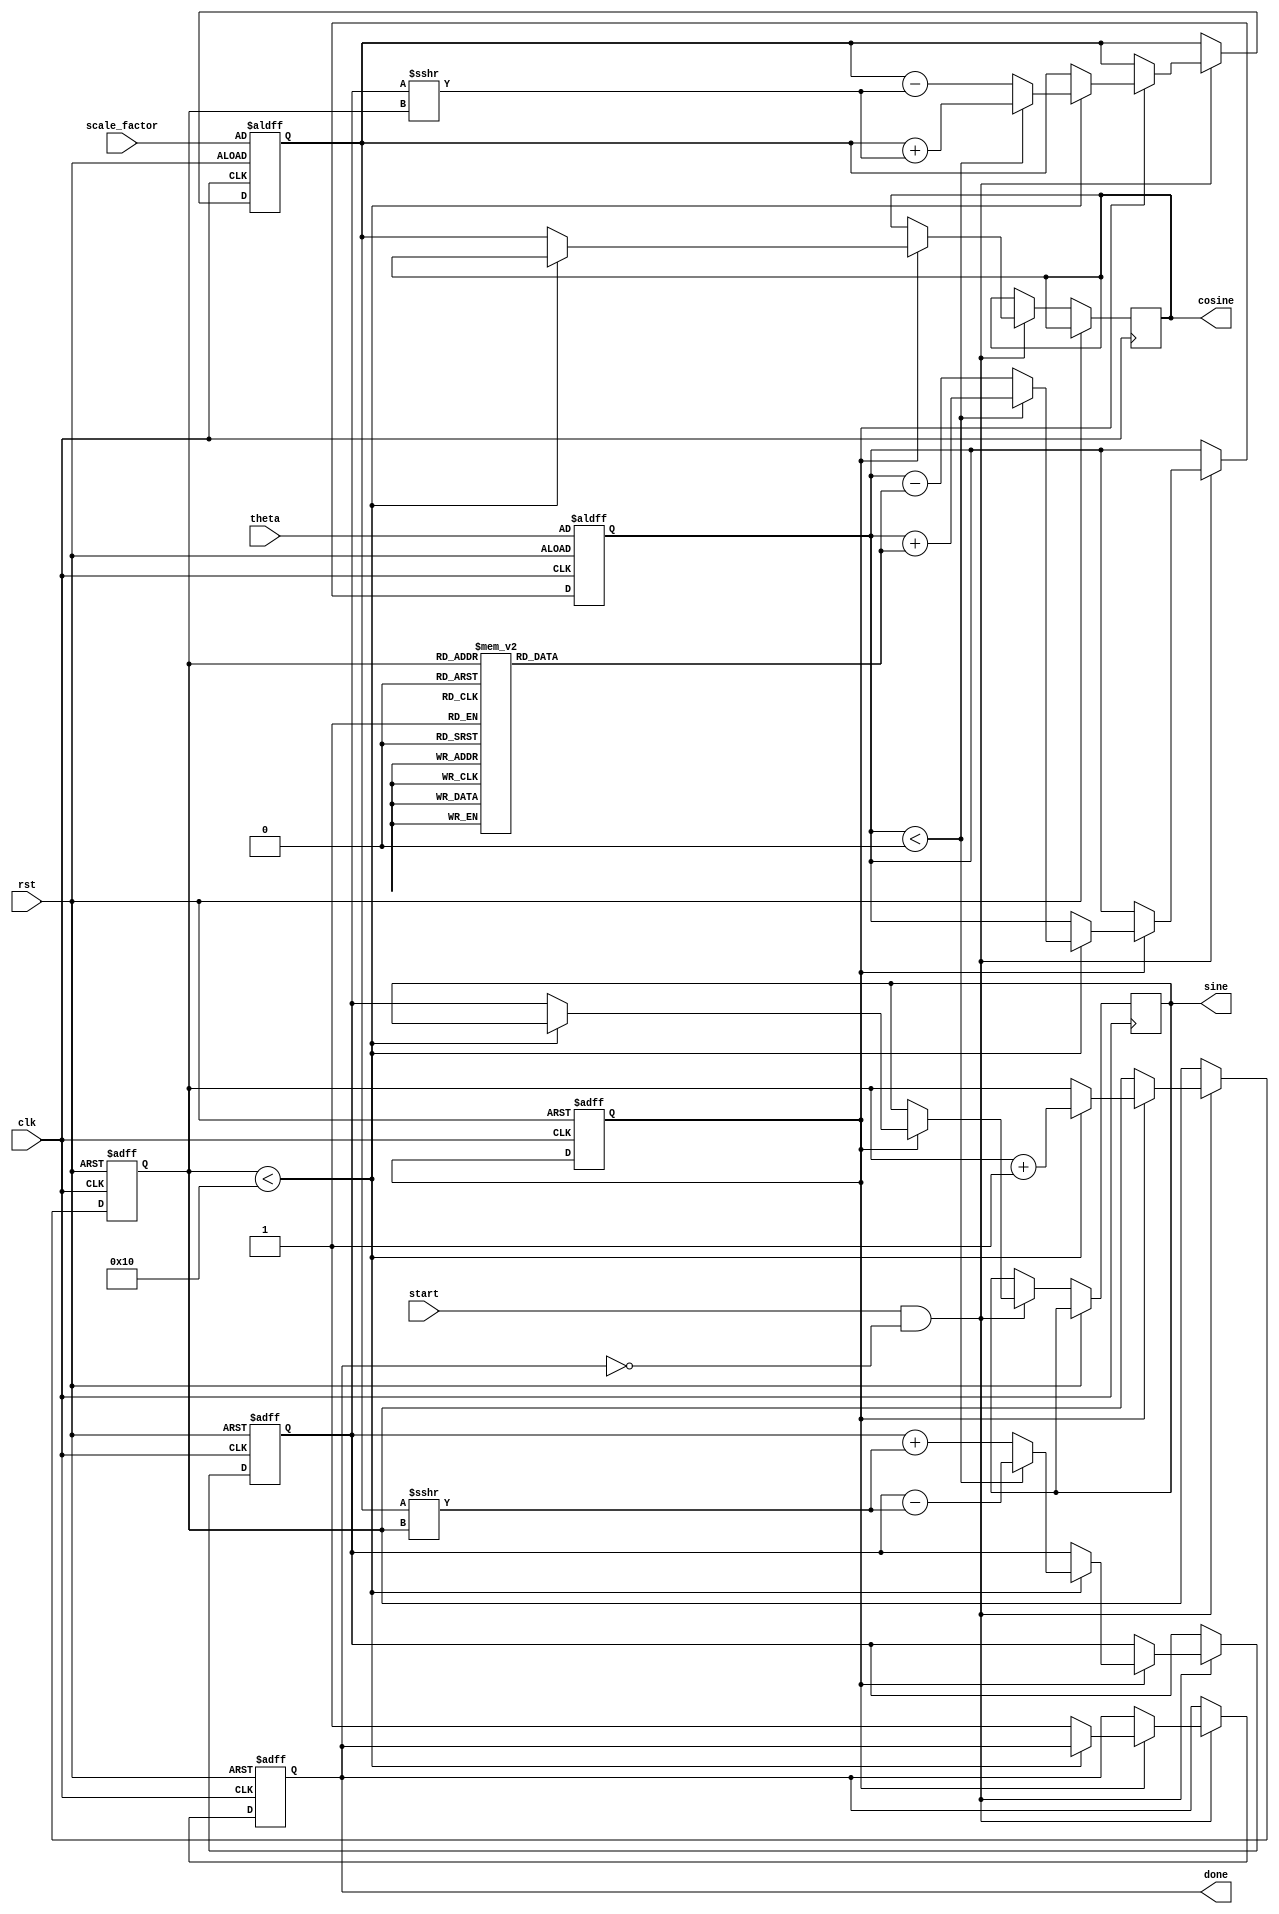
module adaptive_cordic (
    input wire clk,
    input wire rst,
    input wire [31:0] theta,      // Input angle in fixed-point format
    input wire [31:0] scale_factor, // Scaling factor
    input wire start,              // Start signal for computation
    output reg [31:0] sine,        // Output sine value
    output reg [31:0] cosine,      // Output cosine value
    output reg done                // Done signal
);

    // CORDIC parameters
    parameter NUM_ITERATIONS = 16; // Max iterations
    reg [31:0] angle_table [0:NUM_ITERATIONS-1]; // Angle table for CORDIC
    reg [31:0] x, y, z;            // X, Y, Z registers
    reg [3:0] iteration;           // Current iteration count
    reg adaptive_mode;             // Adaptive mode flag

    // Initialize angle table
    initial begin
        angle_table[0] = 32'h00000000; // atan(2^0)
        angle_table[1] = 32'h0000003F; // atan(2^-1)
        angle_table[2] = 32'h0000001C; // atan(2^-2)
        angle_table[3] = 32'h0000000A; // atan(2^-3)
        // ... Initialize other angle values
        angle_table[15] = 32'h00000001; // atan(2^-15)
    end

    // Control unit
    always @(posedge clk or posedge rst) begin
        if (rst) begin
            iteration <= 0;
            x <= scale_factor; // Initialize x to scaling factor
            y <= 0;            // Initialize y to 0
            z <= theta;        // Initialize z to input angle
            done <= 0;
            adaptive_mode <= 1; // Enable adaptive mode
        end else if (start && !done) begin
            if (adaptive_mode) begin
                // Adaptive iteration control
                if (iteration < NUM_ITERATIONS) begin
                    if (z < 0) begin
                        // Rotate clockwise
                        x <= x + (y >>> iteration);
                        y <= y - (x >>> iteration);
                        z <= z + angle_table[iteration];
                    end else begin
                        // Rotate counter-clockwise
                        x <= x - (y >>> iteration);
                        y <= y + (x >>> iteration);
                        z <= z - angle_table[iteration];
                    end
                    iteration <= iteration + 1;
                end else begin
                    // Finished iterations
                    sine <= y;
                    cosine <= x;
                    done <= 1;
                end
            end else begin
                // Fixed number of iterations can be implemented here if needed
            end
        end
    end

endmodule